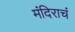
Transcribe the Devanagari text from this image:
मंदिराचं